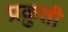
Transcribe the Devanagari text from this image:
प्रक्रुती